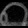
Digit: ၈